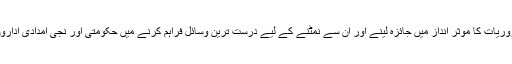
اعدادوشمار میدان عمل میں فوری ضروریات کا موثر انداز میں جائزہ لینے اور ان سے نمٹنے کے لیے درست ترین وسائل فراہم کرنے میں حکومتی اور نجی امدادی اداروں کو مدد دینے میں استعمال ہوں گے۔